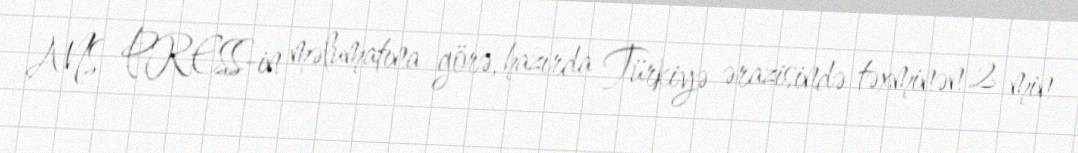
ANS PRESS-in məlumatına görə, hazırda Türkiyə ərazisində təxminən 2 min